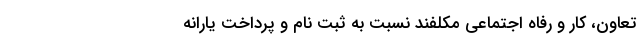
تعاون، کار و رفاه اجتماعی مکلفند نسبت به ثبت نام و پرداخت یارانه